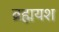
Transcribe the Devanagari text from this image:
ब्रह्मयश